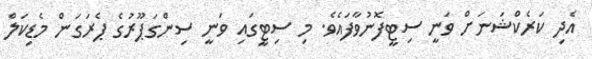
އެދި ކަރެކްޝަނަށް ވަނީ ސިޓީފޮނުވާފައެވެ. މި ސިޓީގައި ވަނީ ސިންގަޕޫރުގެ ޕެރަގަން މެޑިކަލް